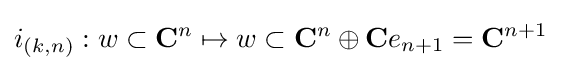
i_{(k,n)}:w\subset \mathbf {C} ^{n}\mapsto w\subset \mathbf {C} ^{n}\oplus \mathbf {C} e_{n+1}=\mathbf {C} ^{n+1}